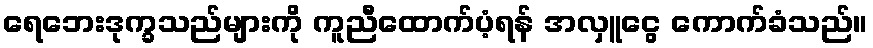
ရေဘေးဒုက္ခသည်များကို ကူညီထောက်ပံ့ရန် အလှူငွေ ကောက်ခံသည်။